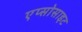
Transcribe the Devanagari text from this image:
एप्सोसाइट